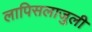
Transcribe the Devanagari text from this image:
लापिसलाजुली